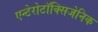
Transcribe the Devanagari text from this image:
एन्टेरोटॉक्सिजेनिक